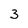
Character: 3